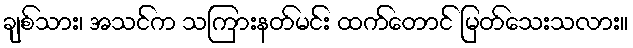
ချစ်သား၊ အသင်က သကြားနတ်မင်း ထက်တောင် မြတ်သေးသလား။